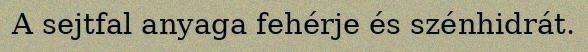
A sejtfal anyaga fehérje és szénhidrát.